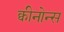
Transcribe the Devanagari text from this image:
क्वीनोन्स